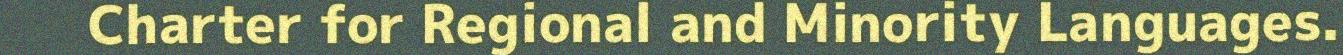
Charter for Regional and Minority Languages.